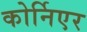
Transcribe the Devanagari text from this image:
कोर्निएर